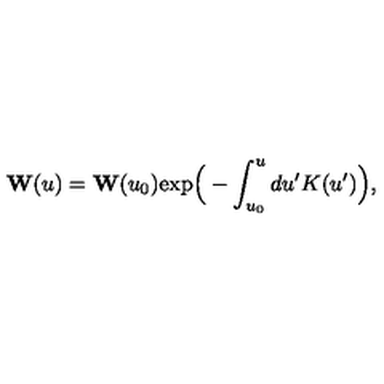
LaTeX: { \bf W } ( u ) = { \bf W } ( u _ { 0 } ) \mathrm { e x p } \Big ( - \int _ { u _ { 0 } } ^ { u } d u ^ { \prime } K ( u ^ { \prime } ) \Big ) ,